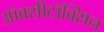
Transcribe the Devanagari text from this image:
ऑक्सीटॉक्सिन